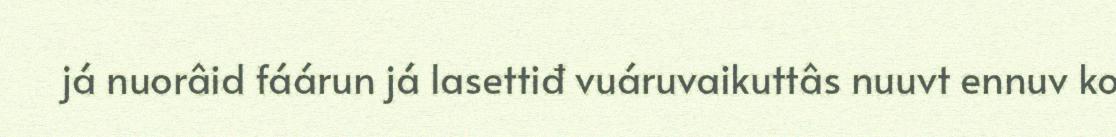
já nuorâid fáárun já lasettiđ vuáruvaikuttâs nuuvt ennuv ko